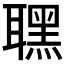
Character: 𦗣